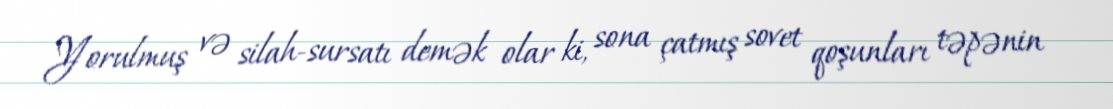
Yorulmuş və silah-sursatı demək olar ki, sona çatmış sovet qoşunları təpənin